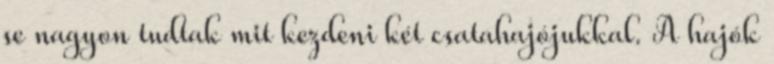
se nagyon tudtak mit kezdeni két csatahajójukkal. A hajók